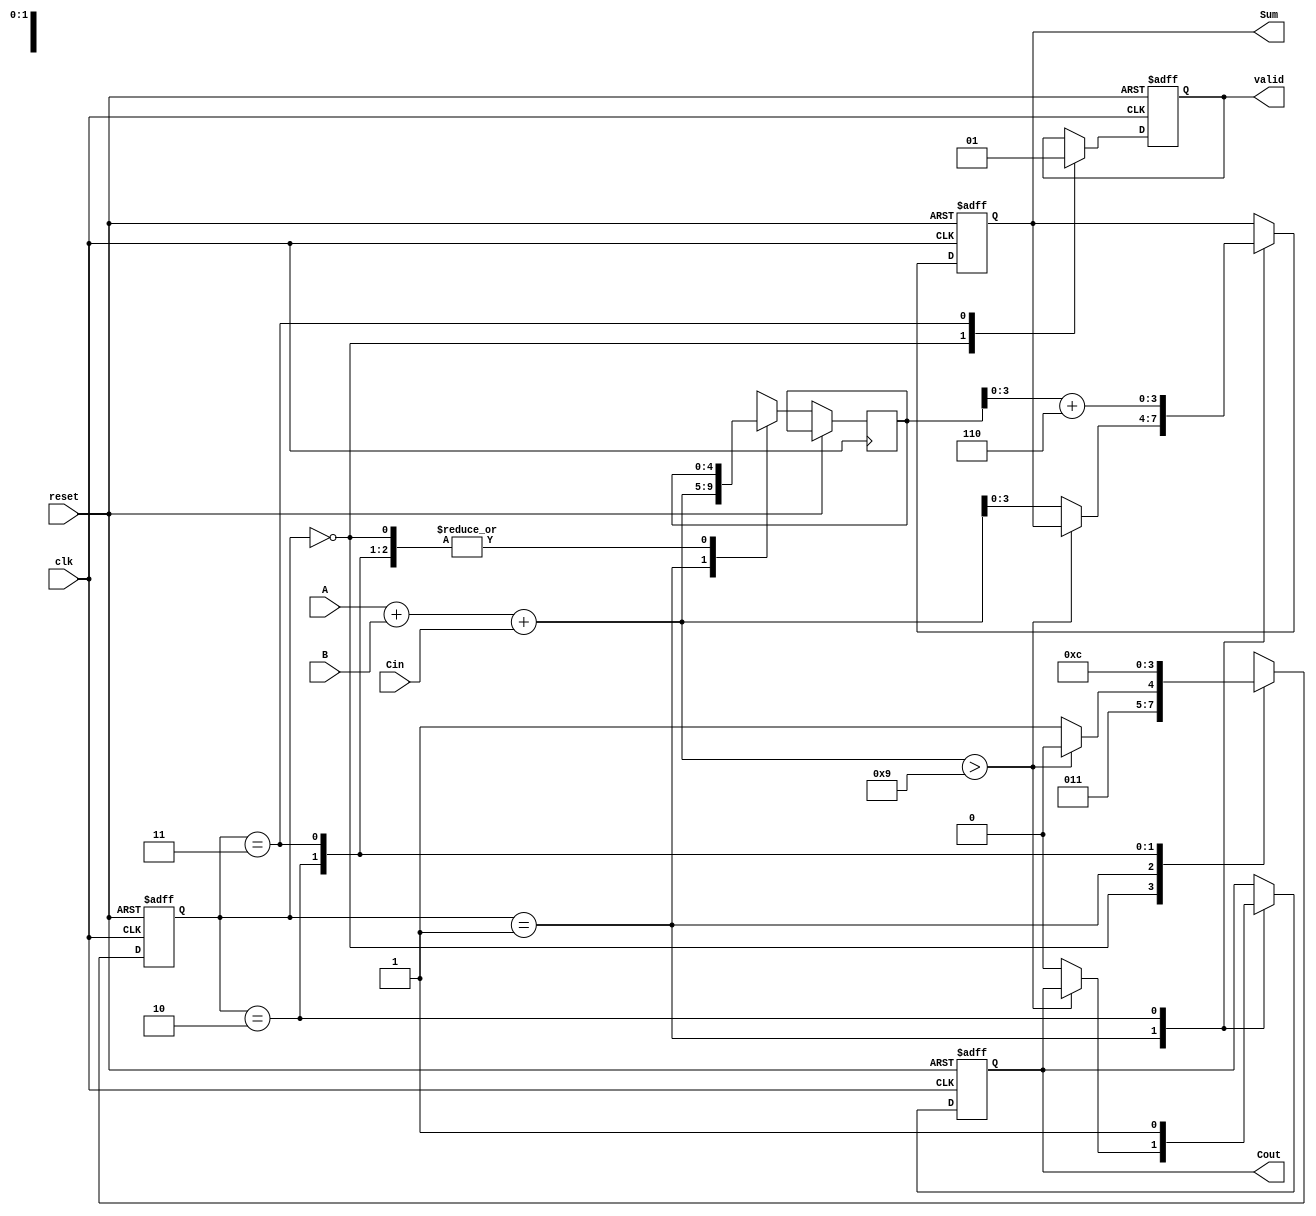
module BCD_Sequential_Adder (
    input wire [3:0] A,       // First BCD digit
    input wire [3:0] B,       // Second BCD digit
    input wire Cin,           // Carry-in
    input wire clk,           // Clock signal
    input wire reset,         // Reset signal
    output reg [3:0] Sum,     // BCD result
    output reg Cout,          // Carry-out
    output reg valid          // Valid output signal
);

    // Internal signals
    reg [4:0] temp_sum;       // Temporary sum to hold A + B + Cin
    reg [1:0] state;          // State register (0: idle, 1: add, 2: correct, 3: done)

    // State encoding
    localparam IDLE    = 2'b00;
    localparam ADD     = 2'b01;
    localparam CORRECT = 2'b10;
    localparam DONE    = 2'b11;

    // Sequential logic
    always @(posedge clk or posedge reset) begin
        if (reset) begin
            Sum <= 4'b0000;
            Cout <= 1'b0;
            valid <= 1'b0;
            state <= IDLE;
        end else begin
            case (state)
                IDLE: begin
                    // Transition to ADD state
                    state <= ADD;
                    valid <= 1'b0; // Not valid until done
                end
                
                ADD: begin
                    // Perform addition
                    temp_sum = A + B + Cin;
                    if (temp_sum > 9) begin
                        state <= CORRECT; // Go to correction if sum exceeds 9
                    end else begin
                        Sum <= temp_sum[3:0]; // Valid BCD result
                        Cout <= 1'b0; // No carry out
                        state <= DONE; // Move to done state
                    end
                end
                
                CORRECT: begin
                    // Correct the sum by adding 6
                    Sum <= temp_sum[3:0] + 4'b0110; // Add 6 to correct BCD
                    Cout <= 1'b1; // Set carry out
                    state <= DONE; // Move to done state
                end
                
                DONE: begin
                    valid <= 1'b1; // Result is valid
                    state <= IDLE; // Go back to idle for next operation
                end
                
                default: state <= IDLE; // Default to idle state
            endcase
        end
    end

endmodule